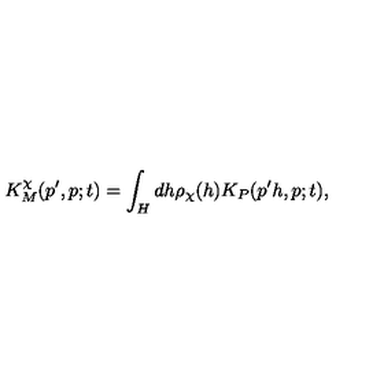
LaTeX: K _ { M } ^ { \chi } ( p ^ { \prime } , p ; t ) = \int _ { H } d h \rho _ { \chi } ( h ) K _ { P } ( p ^ { \prime } h , p ; t ) ,